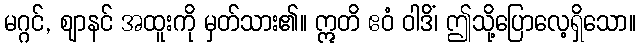
မဂ္ဂင်, ဈာနင် အထူးကို မှတ်သား၏။ ဣတိ ဧဝံ ဝါဒိံ၊ ဤသို့ပြောလေ့ရှိသော။